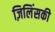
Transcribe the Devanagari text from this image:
ज़िलिंसकी